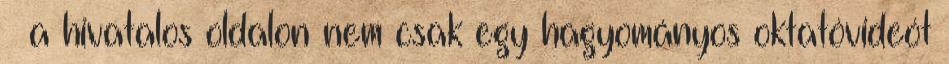
– a hivatalos oldalon nem csak egy hagyományos oktatóvideót